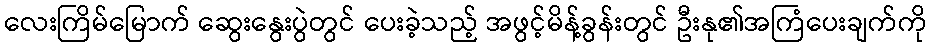
လေးကြိမ်မြောက် ဆွေးနွေးပွဲတွင် ပေးခဲ့သည့် အဖွင့်မိန့်ခွန်းတွင် ဦးနု၏အကြံပေးချက်ကို